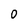
Character: 0